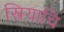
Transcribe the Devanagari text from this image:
स्त्रियाचि